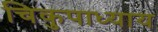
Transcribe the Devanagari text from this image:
चिकुपाध्याय